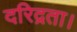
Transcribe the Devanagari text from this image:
दरिद्रता।